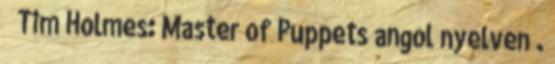
↑ Tim Holmes: Master of Puppets angol nyelven .